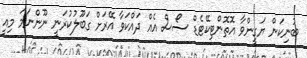
ބުނިކަން ޔަގީންވާ އޮތޮންޓިކޭޓެޑް ސޯސް އެއް ދައްކަވާ އޭރަށް ގަބޫލުކުރަނީ ނޫންނަމަ މިއީ